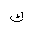
Letter: _kaf